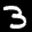
Label: 3